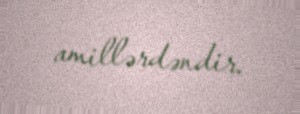
amillərdəndir.